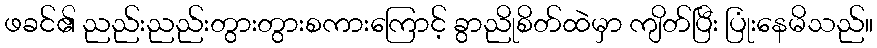
ဖခင်၏ ညည်းညည်းတွားတွားစကားကြောင့် ခွာညိုစိတ်ထဲမှာ ကျိတ်ပြီး ပြုံးနေမိသည်။